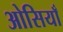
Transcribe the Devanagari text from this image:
ओसियाँ